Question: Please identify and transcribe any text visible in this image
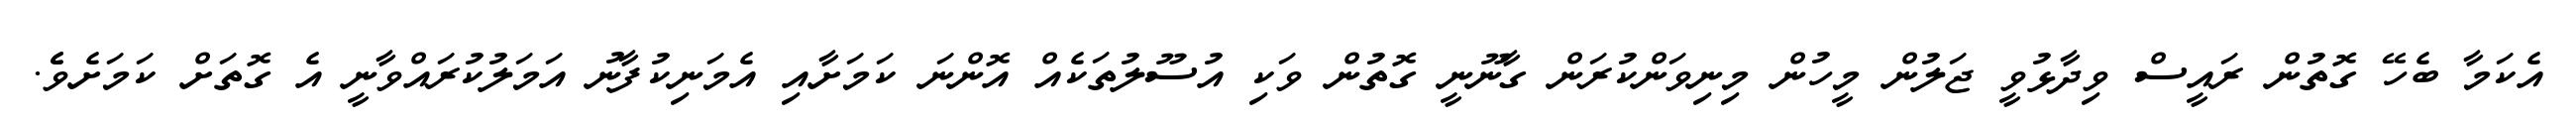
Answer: އެކަމާ ބެހޭ ގޮތުން ރައީސް ވިދާޅުވީ ޖަލުން މީހުން މިނިވަންކުރަން ގާނޫނީ ގޮތުން ވަކި އުސޫލުތަކެއް އޮންނަ ކަމަށާއި އެމަނިކުފާނު އަމަލުކުރައްވާނީ އެ ގޮތަށް ކަމަށެވެެ.